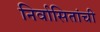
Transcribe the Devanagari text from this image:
निर्वासितांची